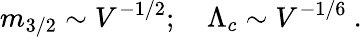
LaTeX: m_{3/2}\sim V^{-1/2};\quad\Lambda_{c}\sim V^{-1/6}\ .